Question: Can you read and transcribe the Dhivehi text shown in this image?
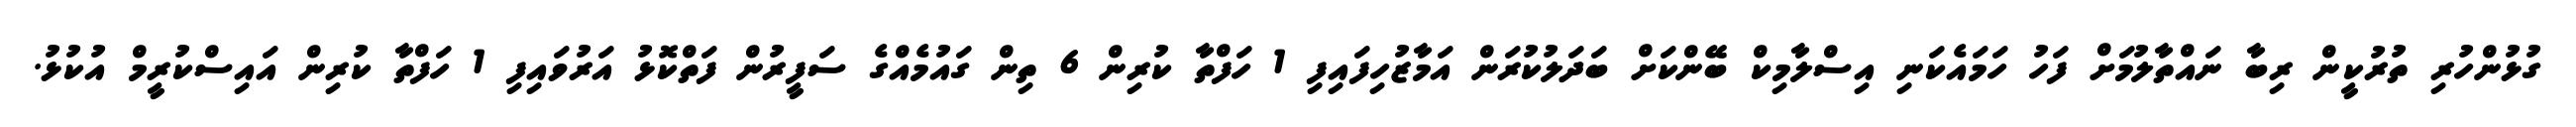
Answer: ގުޅުންހުރި ތުރުކީން ރިބާ ނައްތާލުމަށް ފަހު ހަމައެކަނި އިސްލާމިކް ބޭންކަށް ބަދަލުކުރަން އަމާޒުހިފައިފި 1 ހަފްތާ ކުރިން 6 ތިން ގައުމެއްގެ ސަފީރުން ފަތްކޮޅު އަރުވައިފި 1 ހަފްތާ ކުރިން އައިސްކުރީމް އުކުޅު.